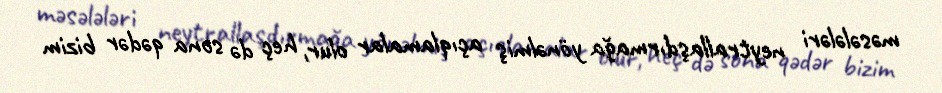
məsələləri neytrallaşdırmağa yönəlmiş açıqlamalar olur, heç də sona qədər bizim